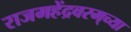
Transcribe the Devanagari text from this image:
राजमहेंद्रवरम्‌च्या